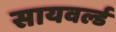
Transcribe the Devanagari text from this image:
सायवर्ल्ड